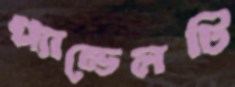
প্যান্ডেলটি